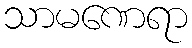
သာမဏေရာ